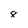
Character: 8